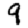
Digit: 9